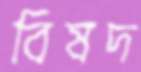
বিষদ